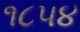
૧૮૫૪